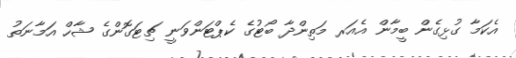
އެކަމާ ގުޅިގެން ބީމާން އެއަރ މަތިންދާ ބޯޓުގެ ކެޕްޓަންވަނީ ޗިޓަގޮންގެ ޝާހް އަމާނަތު